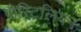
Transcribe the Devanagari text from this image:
पोस्टिलियन